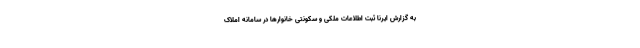
به گزارش ایرنا ثبت اطلاعات ملکی و سکونتی خانوارها در سامانه املاک